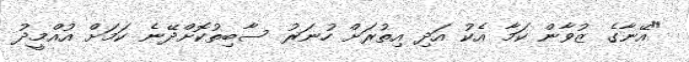
"އޭނާގެ ޒުވާން ކަމާ އެކު އަދި އިތުރަށް ހުނަރު ސާބިތުކޮށްދޭނެ ކަމަށް އުއްމީދު